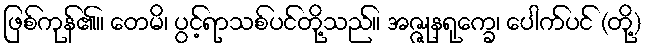
ဖြစ်ကုန်၏။ တေမိ၊ ပွင့်ရာသစ်ပင်တို့သည်။ အဇ္ဇုနရုက္ခေ၊ ပေါက်ပင် (တို့)